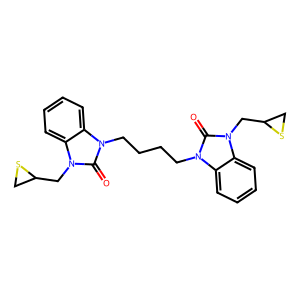
SMILES: O=c1n(CCCCn2c(=O)n(CC3CS3)c3ccccc32)c2ccccc2n1CC1CS1
Inhibits HIV replication: No